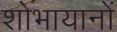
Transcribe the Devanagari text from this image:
शोभायानों